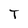
Character: T